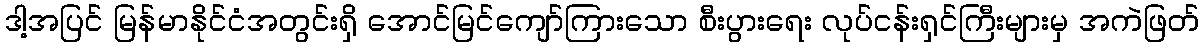
ဒါ့အပြင် မြန်မာနိုင်ငံအတွင်းရှိ အောင်မြင်ကျော်ကြားသော စီးပွားရေး လုပ်ငန်းရှင်ကြီးများမှ အကဲဖြတ်